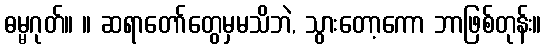
ဓမ္မဂုတ်။ ။ ဆရာတော်တွေမှမသိဘဲ, သွားတော့ကော ဘာဖြစ်တုန်း။